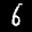
Label: 6